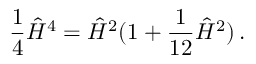
{ \frac { 1 } { 4 } } \hat { \cal H } ^ { 4 } = \hat { \cal H } ^ { 2 } ( 1 + { \frac { 1 } { 1 2 } } \hat { \cal H } ^ { 2 } ) \, .